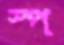
স্প